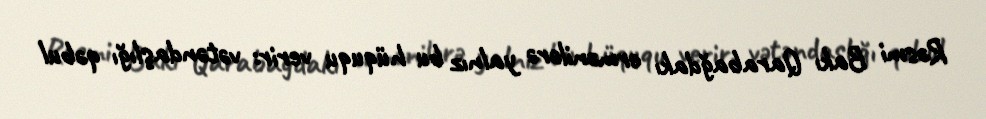
Rəsmi Bakı Qarabağdakı ermənilərə yalnız bu hüququ verir: vətəndaşlığı qəbul